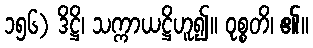
၁၅၆) ဒိဋ္ဌိ၊ သက္ကာယဋ္ဌိဟူ၍။ ဝုစ္စတိ၊ ၏။